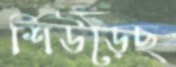
শিউড়েছ